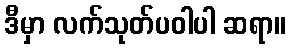
ဒီမှာ လက်သုတ်ပဝါပါ ဆရာ။